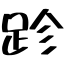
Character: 跈